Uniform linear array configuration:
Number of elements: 48
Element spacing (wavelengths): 0.5
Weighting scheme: hamming
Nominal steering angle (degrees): -15
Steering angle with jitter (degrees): -14.654
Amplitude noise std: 0.05
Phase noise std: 0.05

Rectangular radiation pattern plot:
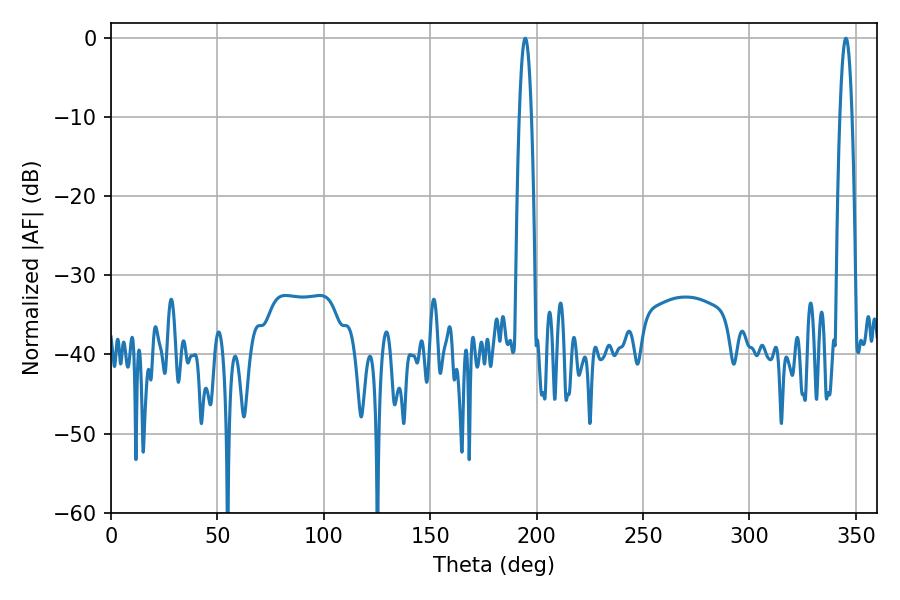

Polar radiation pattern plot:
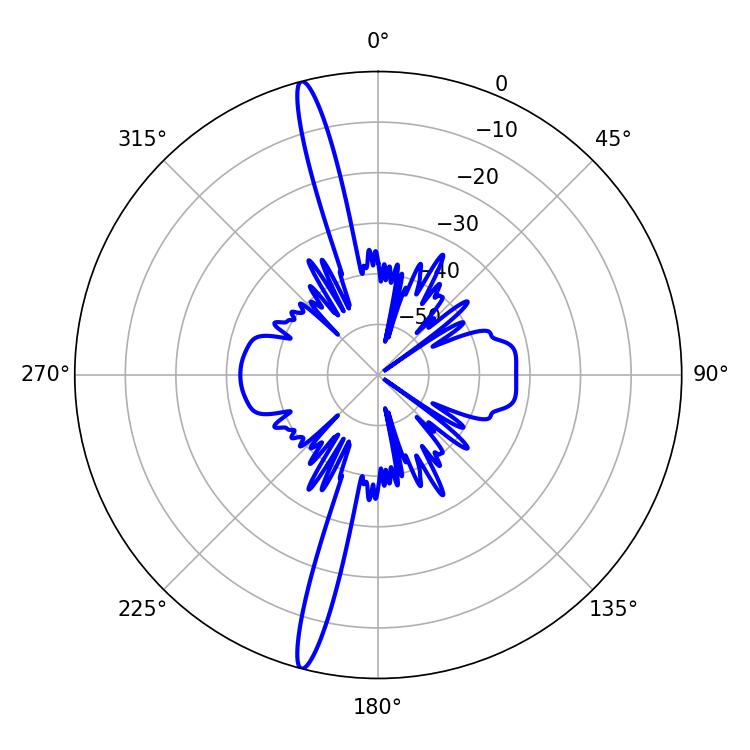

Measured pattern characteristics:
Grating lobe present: FALSE
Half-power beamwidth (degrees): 3.06
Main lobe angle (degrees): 194.58